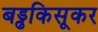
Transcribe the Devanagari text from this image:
बड्ढकिसूकर